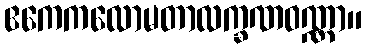
ဧကေကလောမတာလက္ခဏဝဏ္ဏာ။